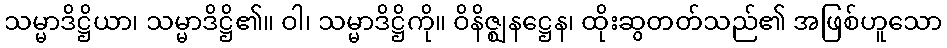
သမ္မာဒိဋ္ဌိယာ၊ သမ္မာဒိဋ္ဌိ၏။ ဝါ၊ သမ္မာဒိဋ္ဌိကို။ ဝိနိဇ္ဈနဋ္ဌေန၊ ထိုးဆွတတ်သည်၏ အဖြစ်ဟူသော